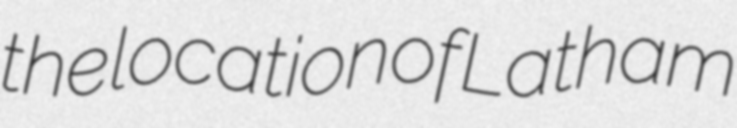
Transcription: the location of Latham